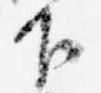
下